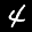
Digit: 4